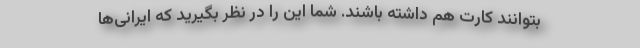
بتوانند کارت هم داشته باشند. شما این را در نظر بگیرید که ایرانی‌ها